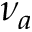
\nu _ { a }